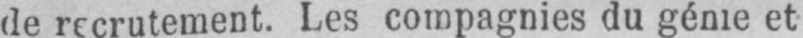
de recrutement. Les compagnies du génie et